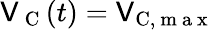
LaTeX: \mathsf{V}_{\mathrm{{~C~}}}(t)=\mathsf{V}_{\mathrm{{C}},\mathrm{{~m~a~x~}}}